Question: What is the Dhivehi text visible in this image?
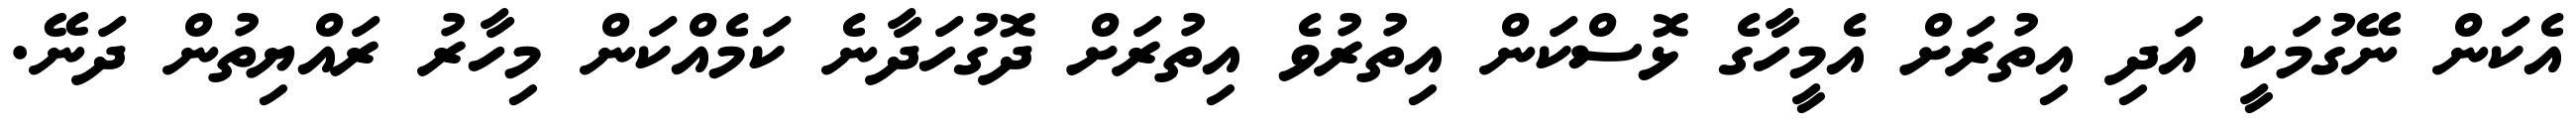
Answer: އެކަން ނޭގުމަކީ އަދި އިތުރަށް އެމީހާގެ ޅޮސްކަން އިތުރުވެ އިތުރަށް ދޮގުހަދާނެ ކަމެއްކަން މިހާރު ރައްޔިތުން ދަނޭ.